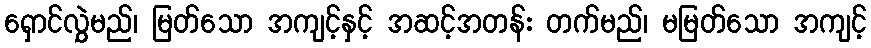
ရှောင်လွှဲမည်၊ မြတ်သော အကျင့်နှင့် အဆင့်အတန်း တက်မည်၊ မမြတ်သော အကျင့်